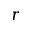
r